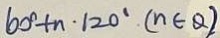
6 0 ^ { \circ } + n \cdot 1 2 0 ^ { \circ } ( n \in \theta ) .